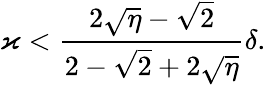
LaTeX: \varkappa<\frac{2\sqrt{\eta}-\sqrt{2}}{2-\sqrt{2}+2\sqrt{\eta}}\delta.